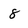
Character: 8